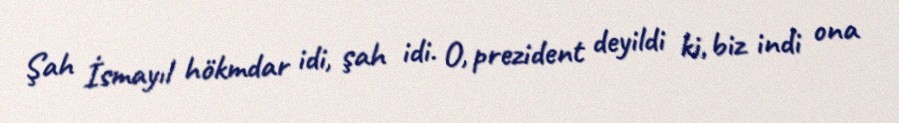
Şah İsmayıl hökmdar idi, şah idi. O, prezident deyildi ki, biz indi ona